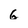
Character: 6